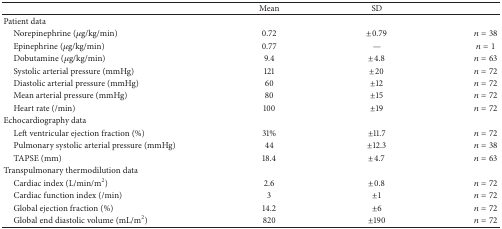
<table><thead><tr><td><b> </b></td><td><b>Mean</b></td><td><b>SD</b></td><td><b> </b></td></tr></thead><tbody><tr><td>Patient data</td><td> </td><td> </td><td> </td></tr><tr><td> Norepinephrine (<i>μ</i>g/kg/min)</td><td>0.72</td><td>±0.79</td><td><i>n</i> = 38</td></tr><tr><td> Epinephrine (<i>μ</i>g/kg/min)</td><td>0.77</td><td>—</td><td><i>n</i> = 1</td></tr><tr><td> Dobutamine (<i>μ</i>g/kg/min)</td><td>9.4</td><td>±4.8</td><td><i>n</i> = 63</td></tr><tr><td> Systolic arterial pressure (mmHg)</td><td>121</td><td>±20</td><td><i>n</i> = 72</td></tr><tr><td> Diastolic arterial pressure (mmHg)</td><td>60</td><td>±12</td><td><i>n</i> = 72</td></tr><tr><td> Mean arterial pressure (mmHg)</td><td>80</td><td>±15</td><td><i>n</i> = 72</td></tr><tr><td> Heart rate (/min)</td><td>100</td><td>±19</td><td><i>n</i> = 72</td></tr><tr><td>Echocardiography data</td><td> </td><td> </td><td> </td></tr><tr><td> Left ventricular ejection fraction (%)</td><td>31%</td><td>±11.7</td><td><i>n</i> = 72</td></tr><tr><td> Pulmonary systolic arterial pressure (mmHg)</td><td>44</td><td>±12.3</td><td><i>n</i> = 38</td></tr><tr><td> TAPSE (mm)</td><td>18.4</td><td>±4.7</td><td><i>n</i> = 63</td></tr><tr><td>Transpulmonary thermodilution data</td><td> </td><td> </td><td> </td></tr><tr><td> Cardiac index (L/min/m<sup>2</sup>)</td><td>2.6</td><td>±0.8</td><td><i>n</i> = 72</td></tr><tr><td> Cardiac function index (/min)</td><td>3</td><td>±1</td><td><i>n</i> = 72</td></tr><tr><td> Global ejection fraction (%)</td><td>14.2</td><td>±6</td><td><i>n</i> = 72</td></tr><tr><td> Global end diastolic volume (mL/m<sup>2</sup>)</td><td>820</td><td>±190</td><td><i>n</i> = 72</td></tr></tbody></table>